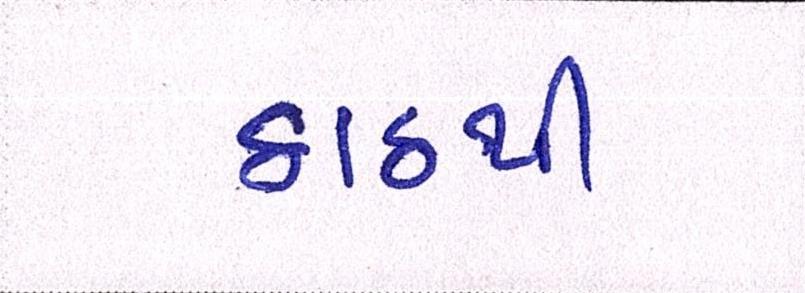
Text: ઠાઠથી